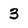
Character: 3